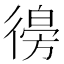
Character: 𢕨